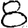
Digit: 8